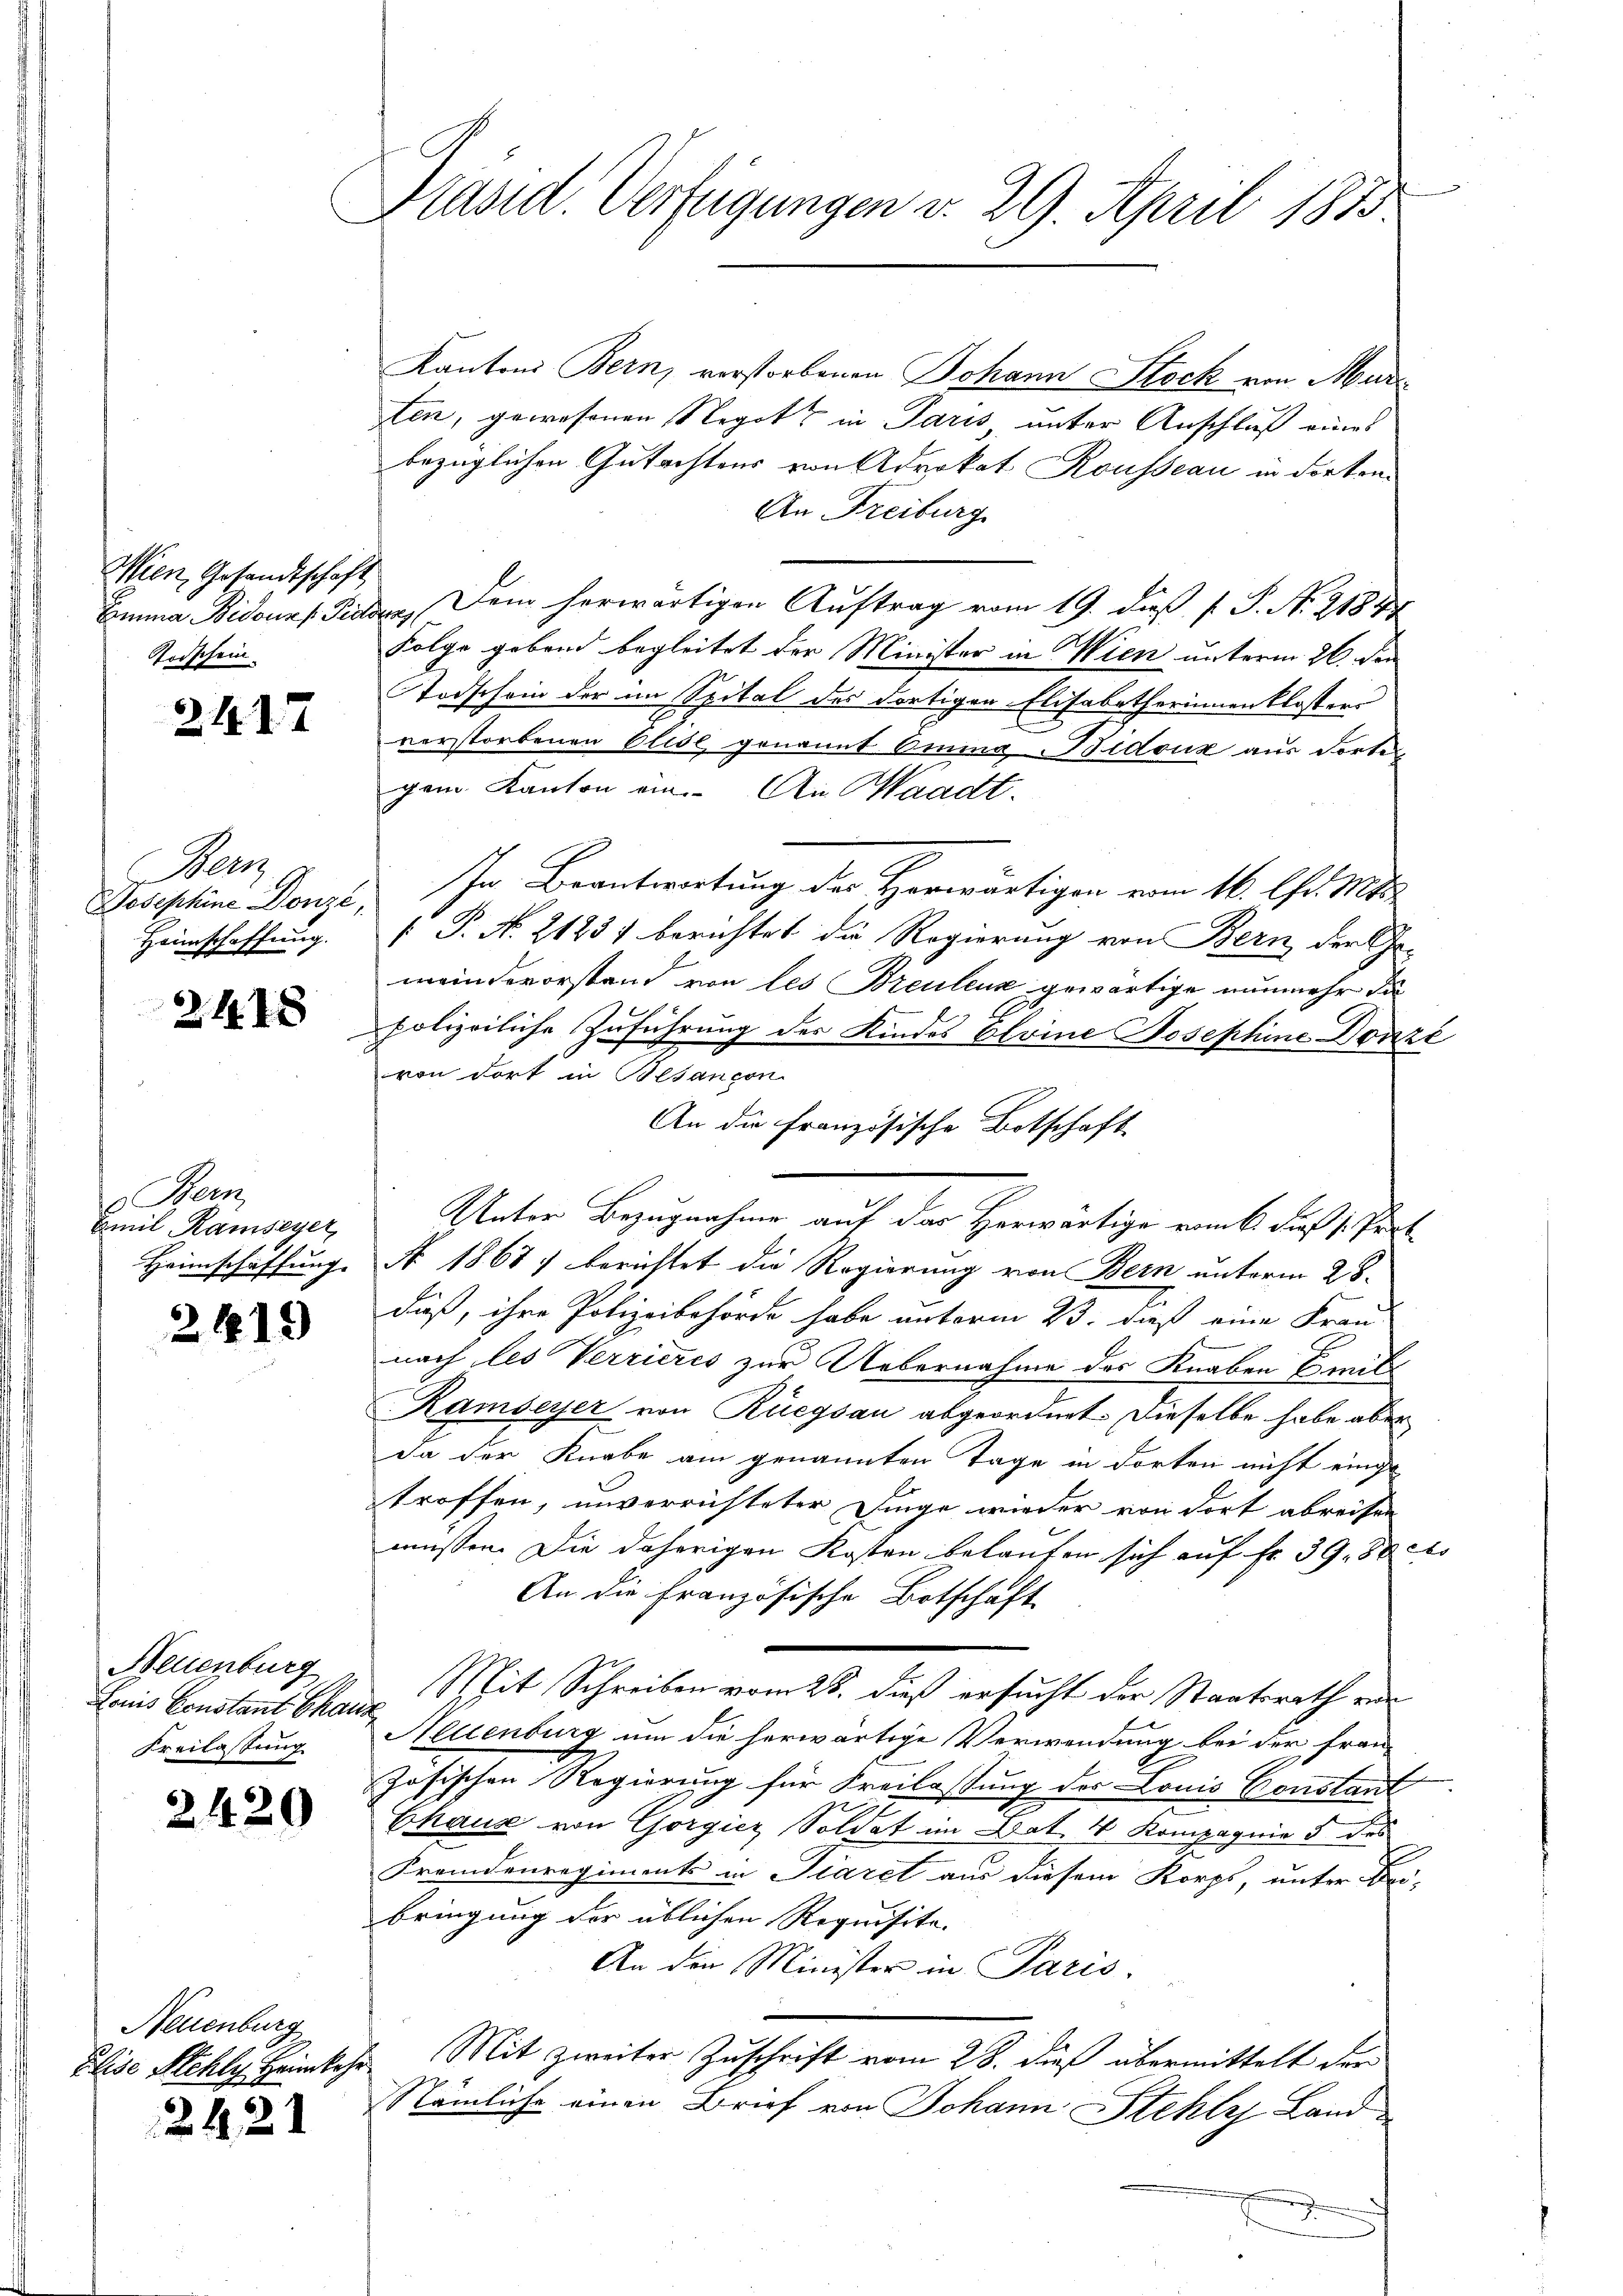
Wien, Gesandtschaft
Todschein

211. d. 7

Bern
Josephine Donzé,
Heimschaffung.

248

Bern,
Emil Ramseyer,

2619

Neuenburg
onis Constant Chaus
Freilassung

2420

Neuenburg

2121

Präsid. Verfügungen v. 29. April 1883

Kantons Bern, verstorbenen Johann Stock von Mur
ten, gewesenen Negott in Paris unter Anschluß eines
bezüglichen Gutachtens von Advokat Rousseau in dorten
An Freiburg
Emma Bidours Pilsen, Dem herwärtigen Auftrag vom 19. dieß P. P. N. 2184
Folge geband begleitet der Minister in Wien unterm 26. den
Todschein der im Spital des dortigen Elisabetherinnenklosters
verstorbenen Elise genannt Omnia Bidouz aus dorte
gem Kanton ein. An Waadt.
In Beantwortung der Herwärtigen vom 16. lt. M
 P. No. 2123) berichtet die Regierung von Bern der Ge-
meindevorstand von les Breuleur gewärtige nunmehr da
polizeiliche Zuführung des Kindes Eloine Josephine Donze
von dort in Besancon
An die französische Botschaft
Unter Bezugnahme auf der Herwärtige vom 6. dieß s. Prot
Heimschaffung No 1868) berichtet die Regierung von Bern unterm 28.
daß, ihre Polizeibehörde habe unterm 23. dieß eine Fran-
nach les Verrieres zur Uebernahme des Knaben Breit
Ramseyer von Rüegsau abgeordnet. Dieselbe habe aber
da der Knabe am genannten Tage in dorten nicht einge
troffen, unverrichteter Dinge wieder von dort abreisen
müssen. Die daherigen Kosten belaufen sich auf fr. 39. 80 cts
An die Französische Botschaft
Shit Schreiben vom 28. dieß ersucht der Staatsrath ein
Neuenburg um die herwärtige Verwendung bei der franzohischen Regierung für Freilassung des Louis Konslauf
Chause von Gorgicz Soldat im Bat 4 Kompagnie 5 des
Fremdenregiments in Piarel aus diesem Korps, unter Bei-
bringung der üblichen Requisite.
An den Minister in Paris.
Elise Stehly Heimkehr Mit zweiter Zuschrift vom 28. dieß übermittelt der
Nämliche einen Brief von Johann Stehly Landt